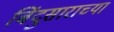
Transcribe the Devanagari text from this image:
बिंदुसाराच्या